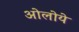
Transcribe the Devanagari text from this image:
ओलोये